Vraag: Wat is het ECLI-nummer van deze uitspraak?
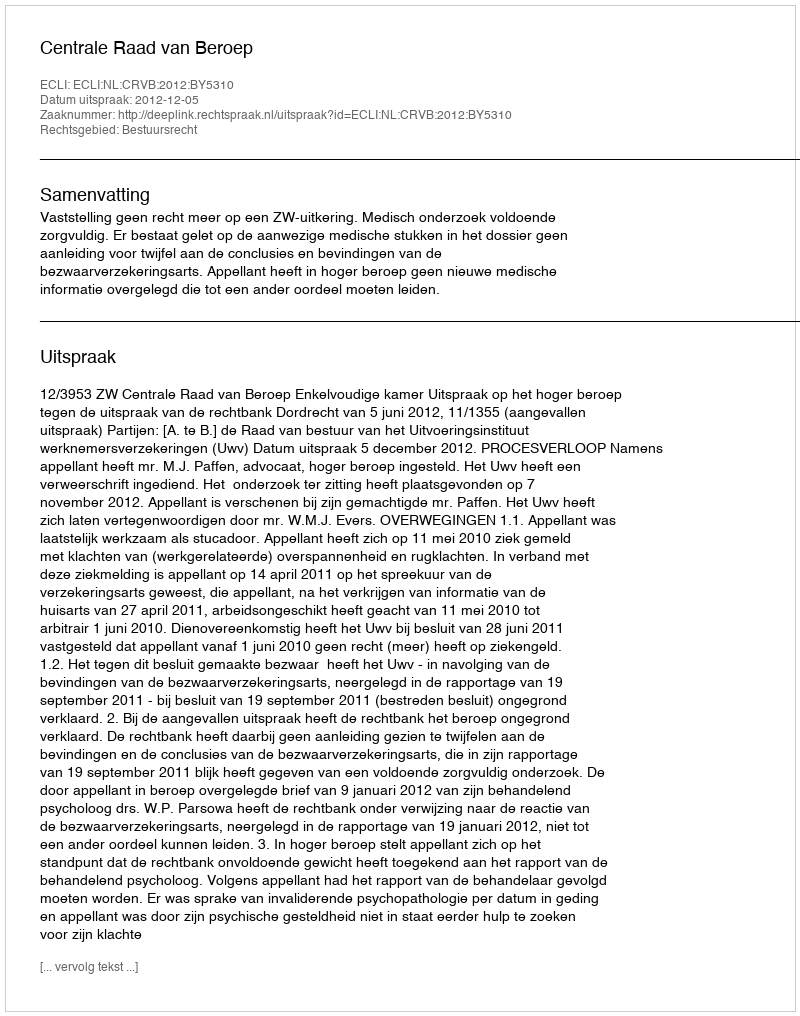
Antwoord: ECLI:NL:CRVB:2012:BY5310